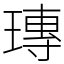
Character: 瑼